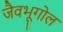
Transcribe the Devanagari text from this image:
जैवभूगोल